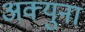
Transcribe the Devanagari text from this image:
अक्युना